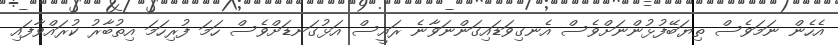
އެހެން ނަމަވެސް ތިޔަބޭފުޅުންނަށްވެސް އެނގިވަޑައިގަންނަވާނެ ރައީސް އަޅުގަނޑަށްވެސް ހަމަ ފުރިހަމަ އިތުބާރު ކުރައްވާފައި